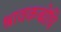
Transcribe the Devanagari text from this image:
श्रावकबोधि